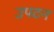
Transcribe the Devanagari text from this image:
उपटन